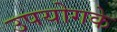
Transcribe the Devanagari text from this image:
उपयोगके